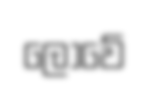
ලොවේ